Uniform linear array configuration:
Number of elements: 32
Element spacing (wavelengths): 0.75
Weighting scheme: blackman
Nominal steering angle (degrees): -30
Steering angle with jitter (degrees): -28.469
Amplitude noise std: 0.05
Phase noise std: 0.05

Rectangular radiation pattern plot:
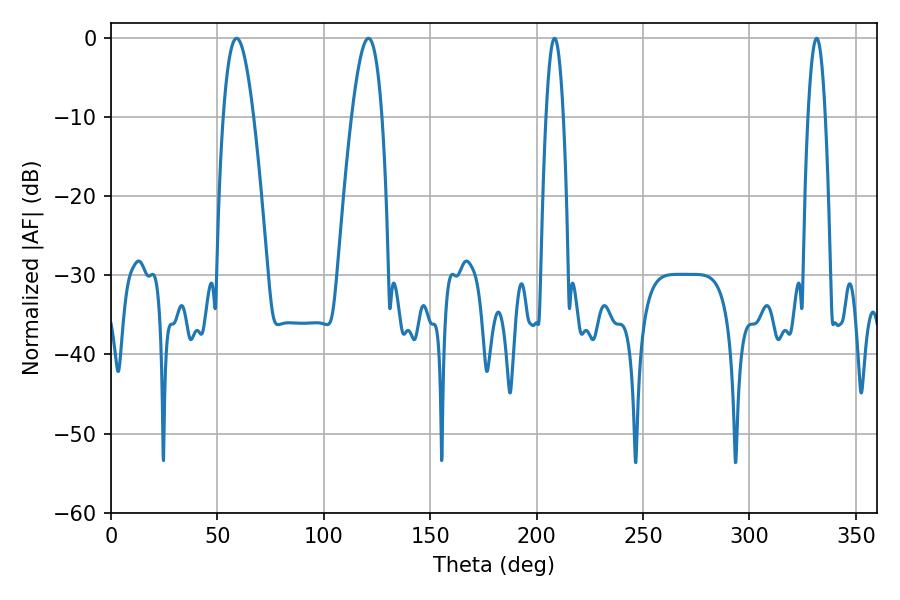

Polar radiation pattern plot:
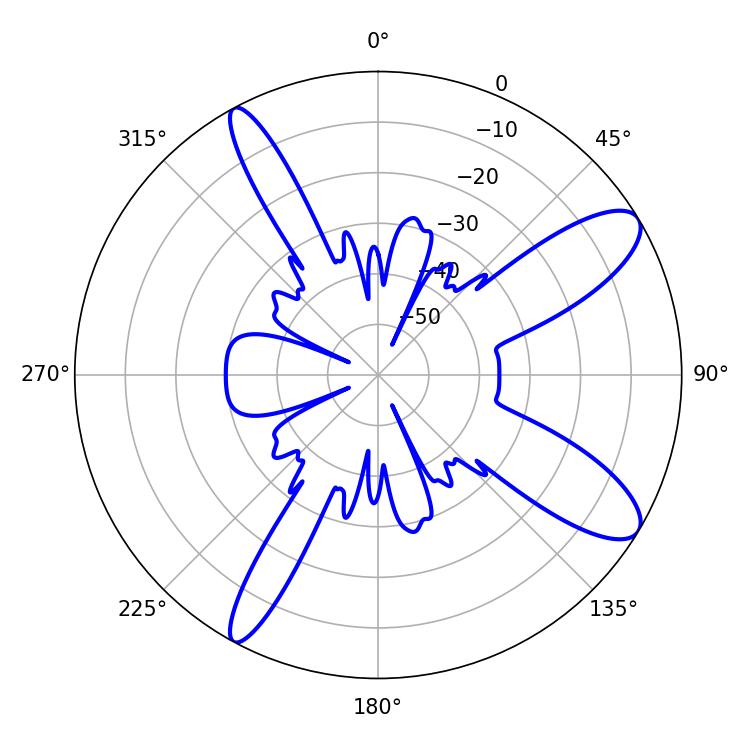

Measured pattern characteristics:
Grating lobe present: TRUE
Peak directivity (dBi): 10.655
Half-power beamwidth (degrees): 7.74
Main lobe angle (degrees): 120.96